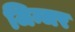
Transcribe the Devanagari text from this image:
जिन्जर